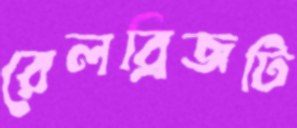
রেলব্রিজটি